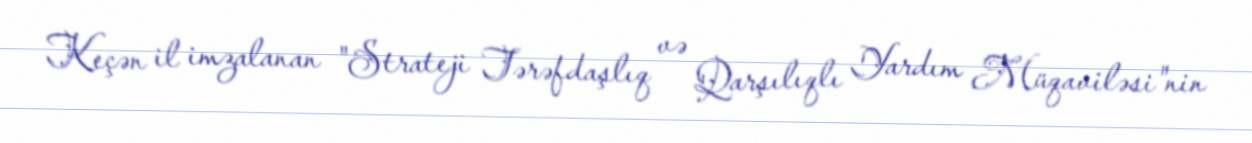
Keçən il imzalanan "Strateji Tərəfdaşlıq və Qarşılıqlı Yardım Müqaviləsi"nin